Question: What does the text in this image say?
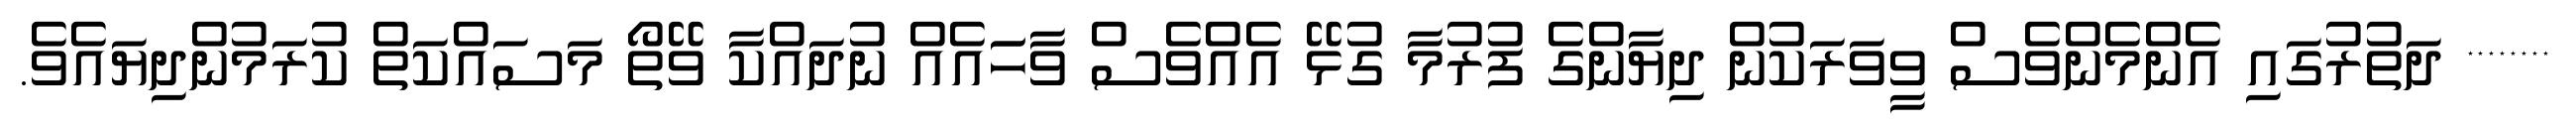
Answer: ******** ދަތުރުގައި އެންމެންވެސް ވީވަރަކުން ދިޔާންގެ ފުރުމާ ގުޅޭ އެއްވެސް ވާހަައެއް ނުދައްކާ ވޭތޯ މަސައްކަތް ކުރަމުންދިޔައެވެ.